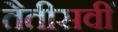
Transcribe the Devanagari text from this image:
तैतीसवीं